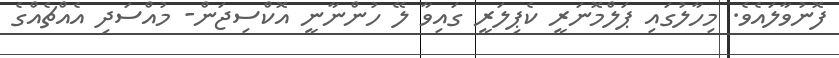
ފޮނުވާލައެވެ. މިހާލުގައި ޕަލްމޮނަރީ ކެޕިލަރީ ގައިވާ ލޭ ހުންނާނީ އޮކްސިޖަން- މުއްސަދި އެއްޗެއްގެ